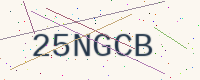
Text: 25NGCB